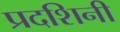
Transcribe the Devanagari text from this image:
प्रदशिनी